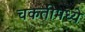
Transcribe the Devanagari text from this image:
चकतीमध्ये